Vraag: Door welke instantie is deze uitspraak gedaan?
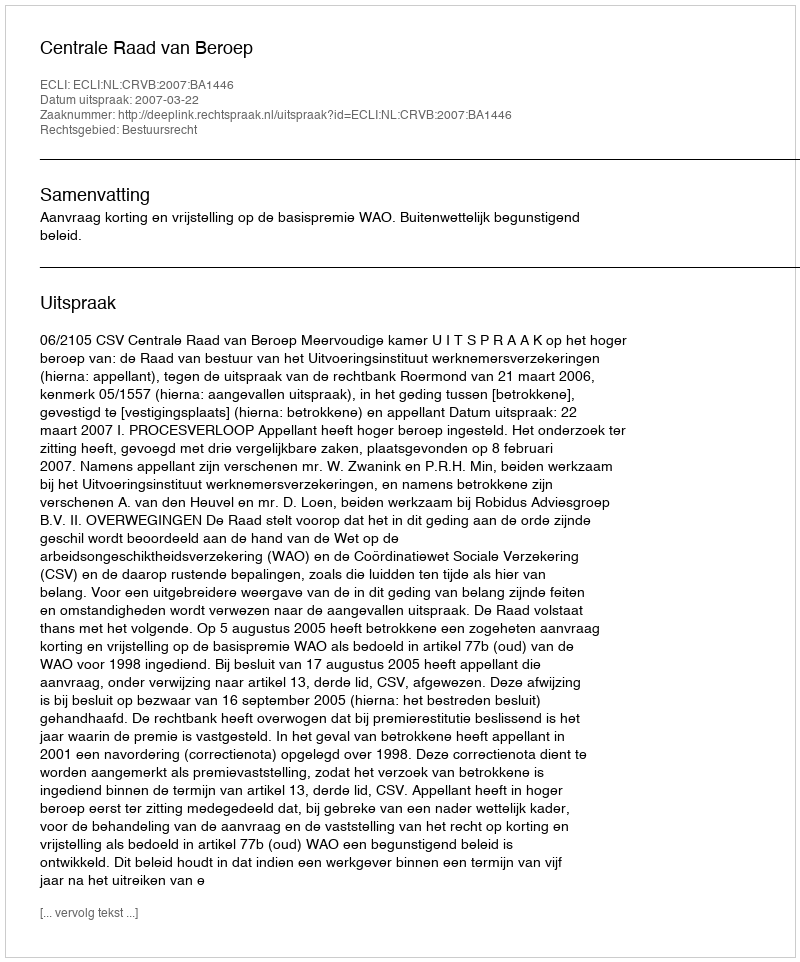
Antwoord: Centrale Raad van Beroep